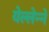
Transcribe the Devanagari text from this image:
येल्लेन्ने